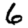
Digit: 6